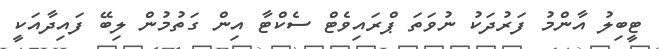
ޓީބިލު އާންމު ފަރުދަކު ނުވަތަ ޕްރައިވެޓް ސެކްޓާ އިން ގަތުމުން ލިބޭ ފައިދާއަކީ